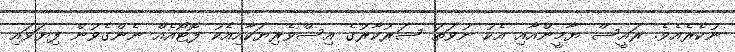
ނުކެރެއެވެ. ރައީސް ޔާމީންއާއި އެކު ނުވަތަ ސަރުކާރުގެ އިސްވެރިޔަކާއިއެކު ފޮޓޯއެއް ނެންގެވުން ފިޔަވައި